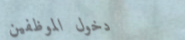
دخول الموظفين